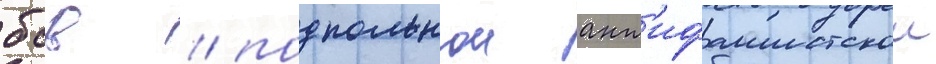
бсв / подпольнои ант'ифашистскои